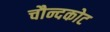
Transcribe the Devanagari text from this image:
चौन्दकोट